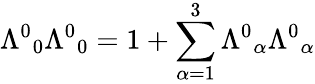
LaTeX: \Lambda^{0}{}_{0}\Lambda^{0}{}_{0}=1+\sum_{\alpha=1}^{3}\Lambda^{0}{}_{\alpha}\Lambda^{0}{}_{\alpha}